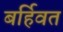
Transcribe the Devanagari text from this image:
बर्हिवत